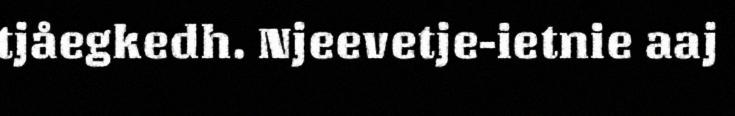
tjåegkedh. Njeevetje-ietnie aaj